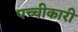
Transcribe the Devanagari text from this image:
पच्‍चीकारी